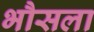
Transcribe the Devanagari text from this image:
भौसला